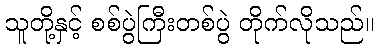
သူတို့နှင့် စစ်ပွဲကြီးတစ်ပွဲ တိုက်လိုသည်။